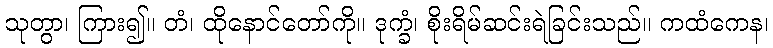
သုတွာ၊ ကြား၍။ တံ၊ ထိုနောင်တော်ကို။ ဒုက္ခံ၊ စိုးရိမ်ဆင်းရဲခြင်းသည်။ ကထံကေန၊